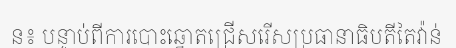
ន៖ បន្ទាប់ពីការបោះឆ្នោតជ្រើសរើសប្រធានាធិបតីតៃវ៉ាន់